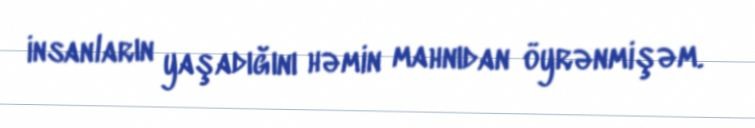
insanların yaşadığını həmin mahnıdan öyrənmişəm.